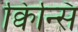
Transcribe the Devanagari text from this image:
क्विन्सि